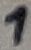
Text: 1